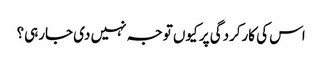
اس کی کارکردگی پر کیوں توجہ نہیں دی جارہی؟